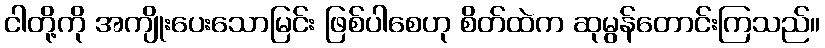
ငါတို့ကို အကျိုးပေးသောမြင်း ဖြစ်ပါစေဟု စိတ်ထဲက ဆုမွန်တောင်းကြသည်။